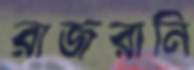
রাজরানি